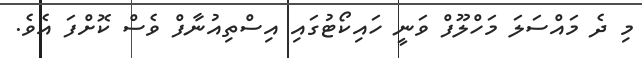
މި ދެ މައްސަލަ މަހްލޫފް ވަނީ ހައިކޯޓުގައި އިސްތިއުނާފް ވެސް ކޮށްފަ އެވެ.